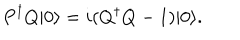
LaTeX: P ^ { \dagger } Q | 0 \rangle = i ( Q ^ { \dagger } Q - 1 ) | 0 \rangle .